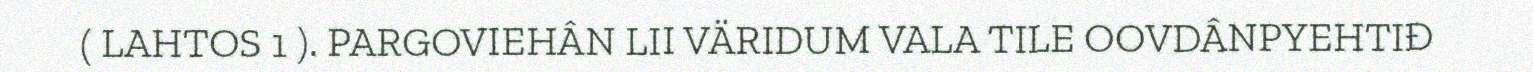
( LAHTOS 1 ). PARGOVIEHÂN LII VÄRIDUM VALA TILE OOVDÂNPYEHTIĐ